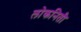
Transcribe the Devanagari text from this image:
लोकनिती